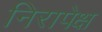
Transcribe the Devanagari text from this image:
निरापेक्ष